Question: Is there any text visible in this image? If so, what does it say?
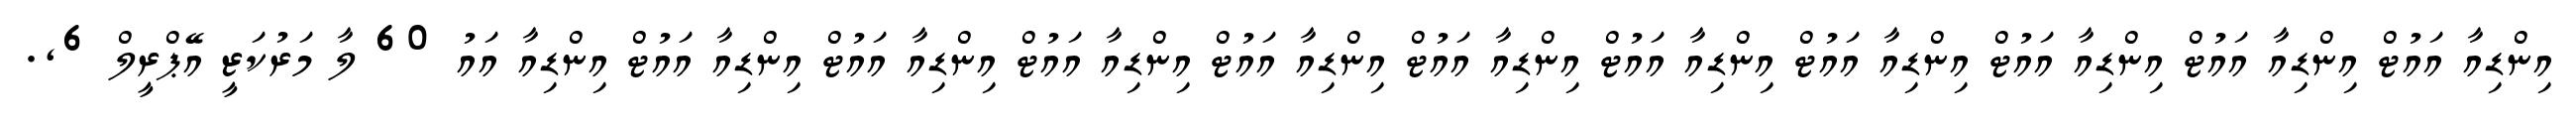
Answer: އިންޑިއާ އައުޓް އިންޑިއާ އައުޓް އިންޑިއާ އައުޓް އިންޑިއާ އައުޓް އިންޑިއާ އައުޓް އިންޑިއާ އައުޓް އިންޑިއާ އައުޓް އިންޑިއާ އައުޓް އިންޑިއާ އައުޓް އިންޑިއާ އައުޓް އިންޑިއާ އައު 60 ލާ މަރުކަޒީ އޭޕްރީލް 6,.